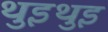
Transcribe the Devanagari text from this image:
थुइथुइ